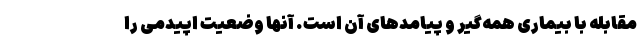
مقابله با بیماری همه‌گیر و پیامدهای آن است. آنها وضعیت اپیدمی را